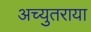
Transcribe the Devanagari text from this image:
अच्युतराया